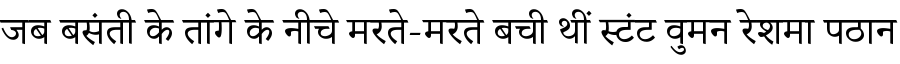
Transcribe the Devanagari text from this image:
जब बसंती के तांगे के नीचे मरते-मरते बची थीं स्टंट वुमन रेशमा पठान